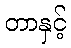
တာနှင့်